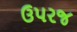
ઉપરજ